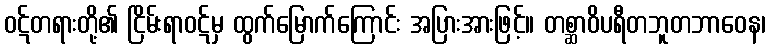
ဝဋ်တရားတို့၏ ငြိမ်းရာဝဋ်မှ ထွက်မြောက်ကြောင်း အပြားအားဖြင့်။ တစ္ဆာဝိပရီတဘူတဘာဝေန၊